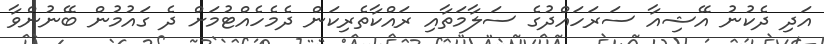
އަދި ދެކުނު އޭޝިއާ ސަރަހައްދުގެ ސަލާމަތާއި ރައްކާތެރިކަން ދެމެހެއްޓުމަށް ދެ ގައުމުން ބޭނުންވާ